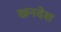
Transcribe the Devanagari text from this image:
खनदेश